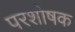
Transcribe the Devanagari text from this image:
परशोषक